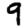
Digit: 9